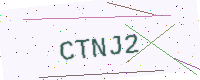
Text: CTNJ2